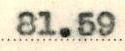
81.59